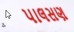
પાલસણ